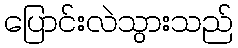
ပြောင်းလဲသွားသည်